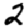
Digit: 2